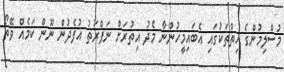
މުސްލިމުންގެ ހިތްތަކުގައި އެބައިމީހުންނާ މެދު އިތުރަށް ނަފްރަތު އުފެދުން ނޫން ކަމެއް ވޭތޯ